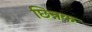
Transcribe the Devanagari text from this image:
छिन्नक